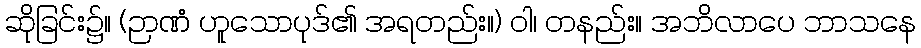
ဆိုခြင်း၌။ (ဉာဏံ ဟူသောပုဒ်၏ အရတည်း။) ဝါ၊ တနည်း။ အဘိလာပေ ဘာသနေ